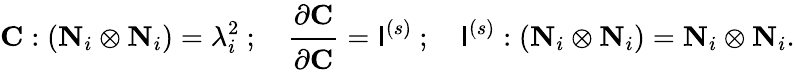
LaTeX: \mathbf{C}:(\mathbf{N}_{i}\otimes\mathbf{N}_{i})=\lambda_{i}^{2}~;~~~~{\cfrac{\partial\mathbf{C}}{\partial\mathbf{C}}}={\mathsf{I}}^{(s)}~;~~~~{\mathsf{I}}^{(s)}:(\mathbf{N}_{i}\otimes\mathbf{N}_{i})=\mathbf{N}_{i}\otimes\mathbf{N}_{i}.